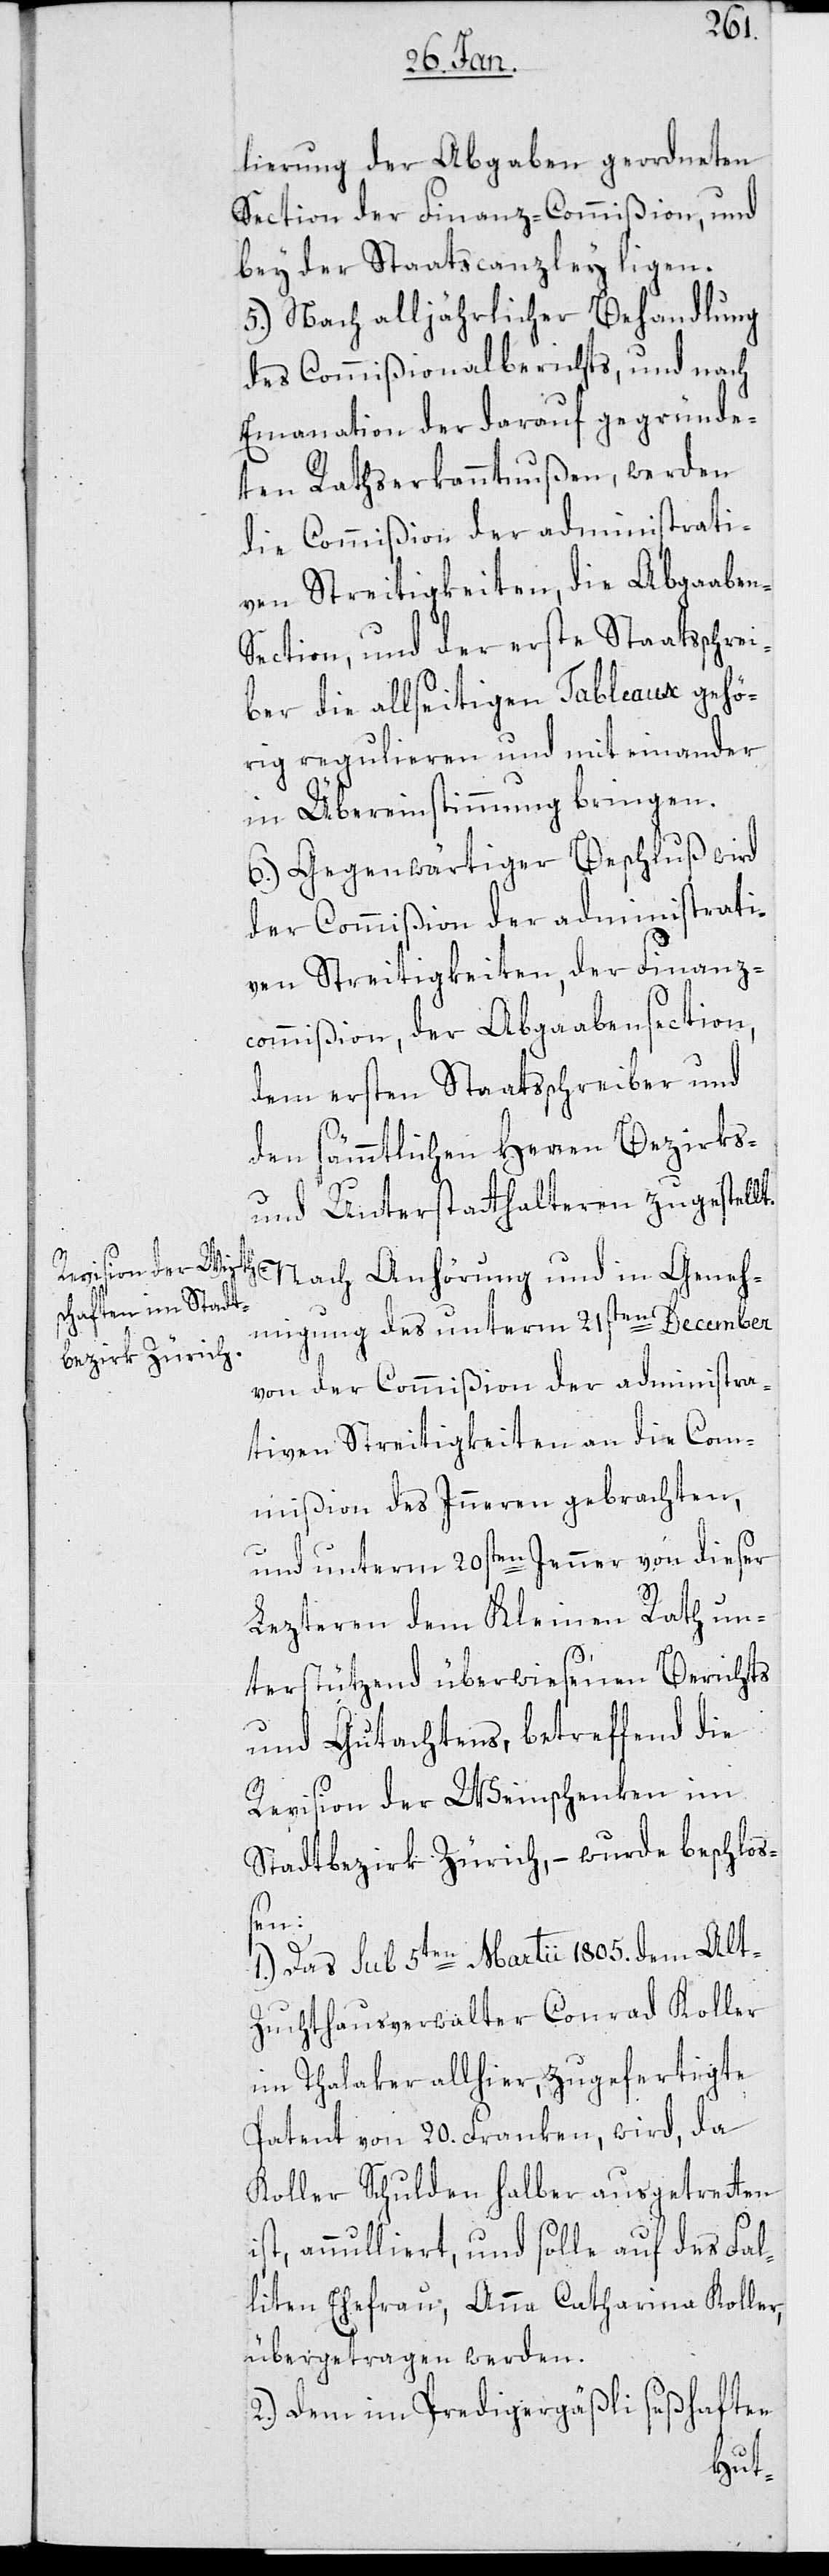
lierung der Abgaben geordneten
Section der Finanz-Commißion, und
bey der Staatscanzley liegen.
5.) Nach alljährlicher Behandlung
des Commißionalberichts, und nach
Emanation der darauf gegründe¬
ten Rathserkanntnußen, werden
die Commißion der administrati¬
ven Streitigkeiten, die Abgaab¬
ection, und der erste Staatsschrei¬
ber die allseitigen Tableaux gehö¬
rig regulieren und miteinander
in Übereinstimmung bringen.
6.) Gegenwärtiger Beschluß wird
der Commißion der administrati¬
ven Streitigkeiten, der Finanz¬
commißion, der Abgaabensection,
dem ersten Staatsschreiber und
den sämmtlichen Herren Bezirks-
und Unterstatthalteren zugestellt.
Nach Anhörung und in Geneh¬
migung des unterm 21sten December
von der Commißion der administra¬
tiven Streitigkeiten an die Com¬
mißion des Inneren gebrachten,
und unterm 20sten Jenner von dieser
Lezteren dem Kleinen Rath un¬
terstützend überwiesenen Berichts
und Gutachtens, betreffend die
Revision der Weinschenken im
Stadtbezirk Zürich, – wurde beschloß¬
en:
1.) Das sub 5ten Martii 1805. dem Alt-Z¬
uchthausverwalter Conrad Koller
im Thalaker allhier zugefertigte
Patent von 20. Franken, wird, da
Koller Schulden halber ausgetretten
ist, annulliert, und solle auf des Fal¬
liten Ehefrau, Anna Catharina Koller,
übertragen werden.
2.) Dem im Predigergäßli seßhaften